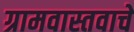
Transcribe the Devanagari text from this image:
ग्रामवास्तवाचे